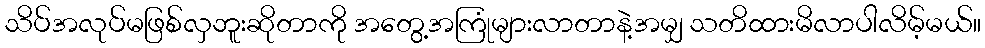
သိပ်အလုပ်မဖြစ်လှဘူးဆိုတာကို အတွေ့အကြုံများလာတာနဲ့အမျှ သတိထားမိလာပါလိမ့်မယ်။